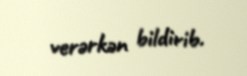
verərkən bildirib.